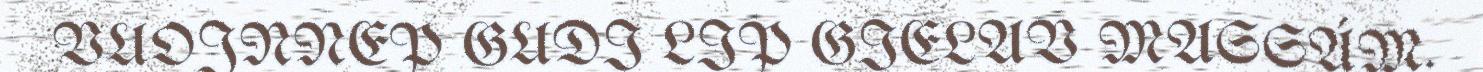
VUOJNNEP GUDI LIP GIELAV MASSÁM.